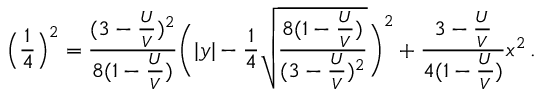
\Big ( \frac { 1 } { 4 } \Big ) ^ { 2 } = \frac { ( 3 - \frac { U } { V } ) ^ { 2 } } { 8 ( 1 - \frac { U } { V } ) } \Bigg ( | y | - \frac { 1 } { 4 } \sqrt { \frac { 8 ( 1 - \frac { U } { V } ) } { ( 3 - \frac { U } { V } ) ^ { 2 } } } \Bigg ) ^ { 2 } + \frac { 3 - \frac { U } { V } } { 4 ( 1 - \frac { U } { V } ) } x ^ { 2 } \, .